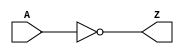
module IV2(A,  Z);
  input A;
  output Z;
  assign Z = ~A;
endmodule